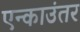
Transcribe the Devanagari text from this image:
एन्काउंतर